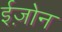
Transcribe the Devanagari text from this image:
ईज़ोन